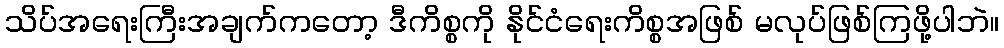
သိပ်အရေးကြီးအချက်ကတော့ ဒီကိစ္စကို နိုင်ငံရေးကိစ္စအဖြစ် မလုပ်ဖြစ်ကြဖို့ပါဘဲ။